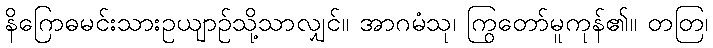
နိဂြောဓမင်းသားဥယျာဉ်သို့သာလျှင်။ အာဂမံသု၊ ကြွတော်မူကုန်၏။ တတြ၊